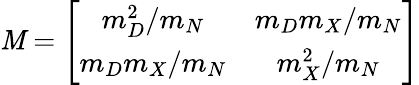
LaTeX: {\cal\mathit{M}}=\left[\begin{array}{cc}{{m_{D}^{2}/m_{N}}}&{{m_{D}m_{X}/m_{N}}}\\ {{m_{D}m_{X}/m_{N}}}&{{m_{X}^{2}/m_{N}}}\end{array}\right]